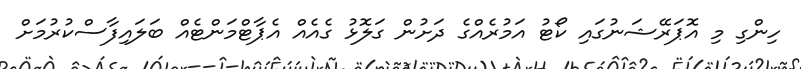
ހިންގި މި އޮޕަރޭޝަނުގައި ކޯޓު އަމުރެއްގެ ދަށުން ގަލޮޅު ގެއެއް އެޕާޓްމަންޓެއް ބަލައިފާސްކުރުމަށް